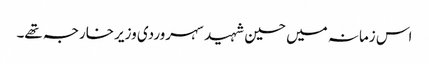
اس زمانہ میں حسین شہید سہروردی وزیر خارجہ تھے۔